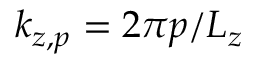
k _ { z , p } = 2 \pi p / L _ { z }